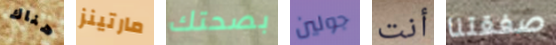
هناك مارتينز بصحتك جولين أنت صفقتنا